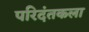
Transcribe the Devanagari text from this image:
परिदंतकला